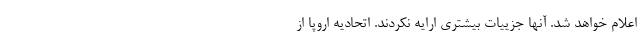
اعلام خواهد شد. آنها جزییات بیشتری ارایه نکردند. اتحادیه اروپا از